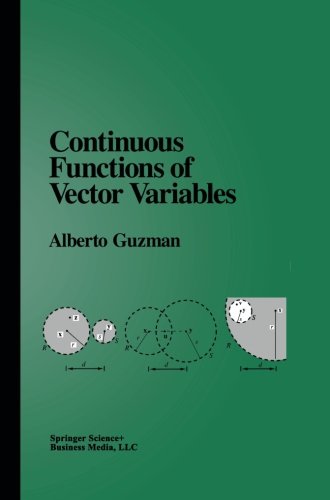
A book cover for Continuous Functions of Vector Variables; Alberto Guzman; Science & Math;